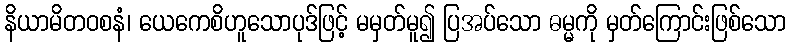
နိယာမိတဝစနံ၊ ယေကေစိဟူသောပုဒ်ဖြင့် မမှတ်မူ၍ ပြအပ်သော ဓမ္မကို မှတ်ကြောင်းဖြစ်သော